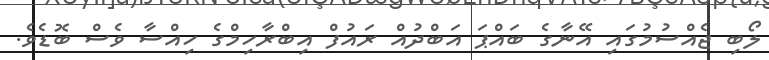
ލޯބި ޖެއްސުމުގައި އޭނާގެ ބައްޕަ އަބްދުއް ރައުފް އިބްރާހިމްގެ ހިއްސާ ވެސް ބޮޑެވެ.